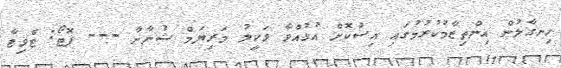
ހިނގާލުން އިންތިޒާމުކުރުމުގައި އިސްކޮށް އުޅުއްވާ ވަކީލު މަރިޔަމް ޝުނާނާ --- ފޮޓޯ: ޓްވިޓާ